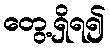
တွေ့ရှိရ၍